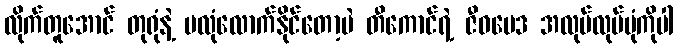
လိုက်တူအောင် တုရုံနဲ့ မလုံလောက်နိုင်တော့ပဲ တီကောင်ရဲ့ ဇီဝဗေဒ အလုပ်လုပ်ပုံကိုပါ